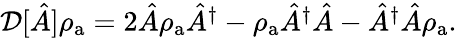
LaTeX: \begin{array}{r}{\mathcal{D}[\hat{A}]\rho_{\mathrm{a}}=2\hat{A}\rho_{\mathrm{a}}\hat{A}^{\dagger}-\rho_{\mathrm{a}}\hat{A}^{\dagger}\hat{A}-\hat{A}^{\dagger}\hat{A}\rho_{\mathrm{a}}.}\end{array}